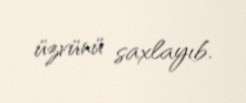
üzvünü saxlayıb.